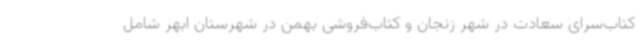
کتاب‌سرای سعادت در شهر زنجان و کتاب‌فروشی بهمن در شهرستان ابهر شامل